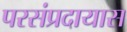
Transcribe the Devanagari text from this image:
परसंप्रदायास